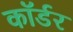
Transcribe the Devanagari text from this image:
कॉर्डर